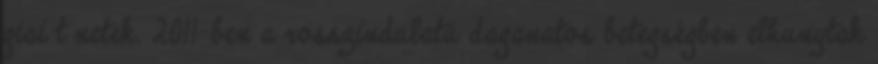
giai t netek. 2011-ben a rosszindulatú daganatos betegségben elhunytak